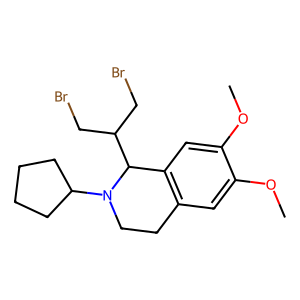
SMILES: COc1cc2c(cc1OC)C(C(CBr)CBr)N(C1CCCC1)CC2
Inhibits HIV replication: No